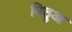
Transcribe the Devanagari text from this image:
मिठुआ